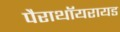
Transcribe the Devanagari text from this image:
पैराथॉयरायड